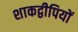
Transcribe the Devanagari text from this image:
शाकद्वीपियों